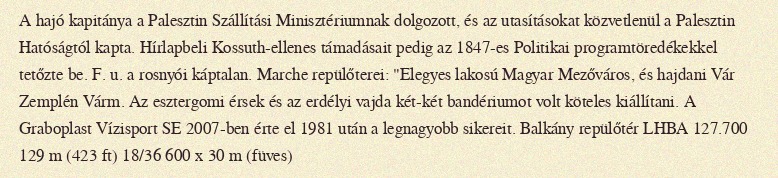
A hajó kapitánya a Palesztin Szállítási Minisztériumnak dolgozott, és az utasításokat közvetlenül a Palesztin Hatóságtól kapta. Hírlapbeli Kossuth-ellenes támadásait pedig az 1847-es Politikai programtöredékekkel tetőzte be. F. u. a rosnyói káptalan. Marche repülőterei: "Elegyes lakosú Magyar Mezőváros, és hajdani Vár Zemplén Várm. Az esztergomi érsek és az erdélyi vajda két-két bandériumot volt köteles kiállítani. A Graboplast Vízisport SE 2007-ben érte el 1981 után a legnagyobb sikereit. Balkány repülőtér LHBA 127.700 129 m (423 ft) 18/36 600 x 30 m (füves)